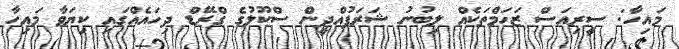
މައިހާ: ސީރިއަސް ޒަހަމްތަކެއް ލިބުނު ޝަރަފުއްދީން ސްކޫލުގެ ގްރޭޑް ދިހައެއްގައި ކިޔަވާ މައިހާ